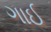
ગાઈ